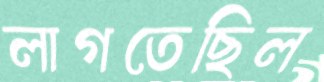
লাগতেছিল